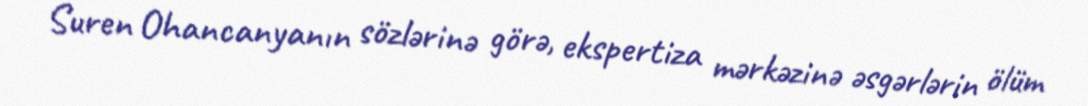
Suren Ohancanyanın sözlərinə görə, ekspertiza mərkəzinə əsgərlərin ölüm